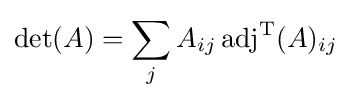
\det(A)=\sum _{j}A_{ij}\operatorname {adj} ^{\rm {T}}(A)_{ij}